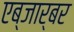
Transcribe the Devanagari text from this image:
एब्जार्बर